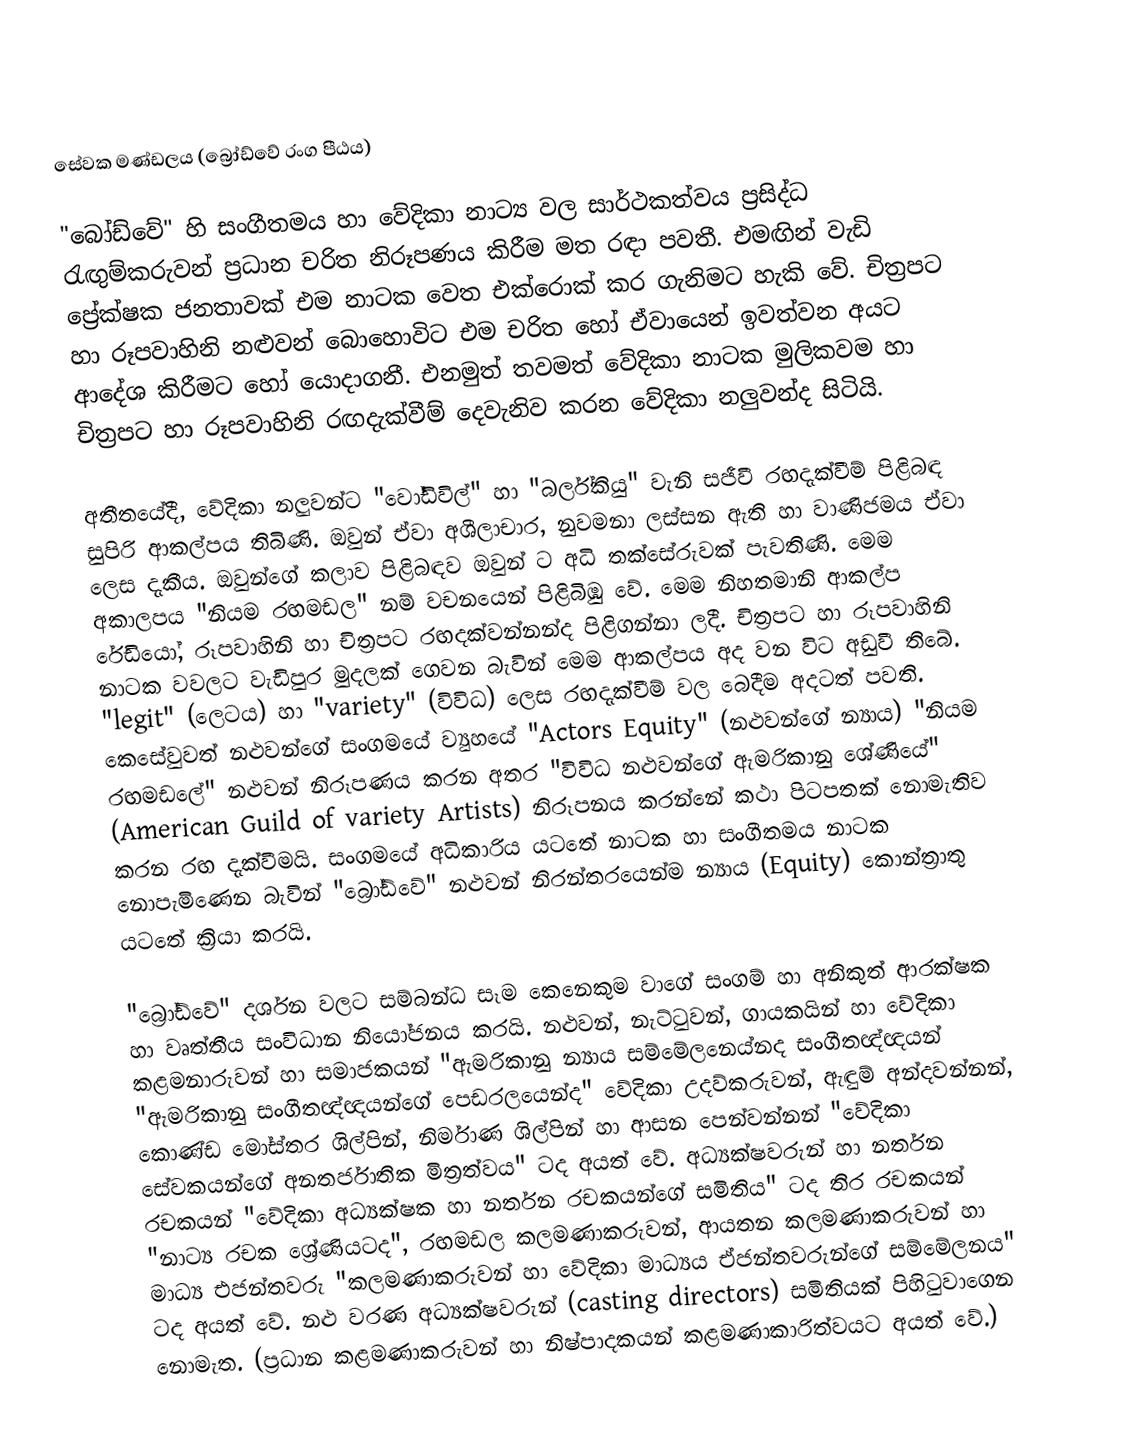
සේවක මණ්ඩලය (බ්‍රෝඩ්වේ රංග පීඨය)

"බෝඩ්වේ" හි සංගීතමය හා වේදිකා නාට්‍ය වල සාර්ථකත්වය ප්‍රසිද්ධ රැඟුම්කරුවන් ප්‍රධාන චරිත නිරූපණය කිරීම මත රඳා පවතී. එමඟින් වැඩි ප්‍රේක්ෂක ජනතාවක් එම නාටක වෙත එක්රොක් කර ගැනිමට හැකි වේ. චිත්‍රපට හා රූපවාහිනි නළුවන් බොහොවිට එම චරිත හෝ ඒවායෙන් ඉවත්වන අයට ආදේශ කිරීමට හෝ යොදාගනී. එනමුත් ‍තවමත් වේදිකා නාටක මුලිකවම හා චිත්‍රපට හා රූපවාහිනි රඟදැක්වීම් දෙවැනිව කරන වේදිකා නලුවන්ද සිටියි.

අතීතයේදී, වේදිකා නලුවන්ට "වෝඩිවිල්" හා "බර්ල්කියු" වැනි සජීවී රඟදැක්වීම් පිළිබඳ සුපිරි ආකල්පය තිබිණි. ඔවුන් ඒවා අශීලාචාර, නුවමනා ලස්සන ඇති හා වාණිජමය ඒවා ලෙස දැකීය. ඔවුන්ගේ කලාව පිළිබඳව ඔවුන් ට අධි තක්සේරුවක් පැවතිණි. මෙම අකාලපය "නියම රඟමඩල" නම් වචනයෙන් පිළිබිඹු වේ. මෙම නිහතමානි ආකල්ප රේඩියෝ, රූපවාහිනි හා චිත්‍රපට රඟදක්වන්නන්ද පිළිගන්නා ලදී. චිත්‍රපට හා රූපවාහිනි නාටක වවලට වැඩිපුර මුදලක් ගෙවන බැවින් මෙම ආකල්පය අද වන විට අඩුවී තිබේ. "legit" (ලෙටය) හා "variety" (විවිධ) ලෙස රඟදැක්වීම් වල බෙදීම අදටත් පවති. කෙසේවුවත් නළුවන්ගේ සංගමයේ ව්‍යුහයේ "Actors Equity" (නළුවන්ගේ න්‍යාය) "නියම රඟමඩලේ" නළුවන් නිරූපණය කරන අතර "විවිධ නළුවන්ගේ ඇමරිකානු ශේණියේ" (American Guild of variety Artists) නිරූපනය කරන්නේ කථා පිටපතක් නොමැතිව කරන රඟ දැක්වීමයි. සංගමයේ අධිකාරිය යටතේ නාටක හා සංගීතමය නාටක නොපැමිණෙන බැවින් "බ්‍රෝඩ්වේ" නළුවන් නිරන්තරයෙන්ම න්‍යාය (Equity) කොන්ත්‍රාතු යටතේ ක්‍රියා කරයි.

"බ්‍රෝඩ්වේ" දර්ශන වලට සම්බන්ධ සෑම කෙනෙකුම වාගේ සංගම් හා අනිකුත් ආරක්ෂක හා වෘත්තීය සංවිධාන නියෝජනය කරයි. නළුවන්, නැට්ටුවන්, ගායකයින් හා වේදිකා කළමනාරුවන් හා සමාජකයන් "ඇමරිකානු න්‍යාය සම්මේලනෙය්නද සංගීතඥ්ඥයන් "ඇමරිකානු සංගීතඥ්ඥයන්ගේ පෙඩරලයෙන්ද" වේදිකා උදව්කරුවන්, ඇඳුම් අන්දවන්නන්, කොණ්ඩ මෝස්තර ශිල්පින්, නිර්මාණ ශිල්පින් හා ආසන පෙන්වන්නන් "වේදිකා සේවකයන්ගේ අනතර්ජාතික මිත්‍රත්වය" ටද අයත් වේ. අධ්‍යක්ෂවරුන් හා නර්තන රචකයන් "වේදිකා අධ්‍යක්ෂක හා නර්තන රචකයන්ගේ සමිතිය" ටද තිර රචකයන් "නාට්‍ය රචක ශ්‍රේණියටද", රඟමඩල කලමණාකරුවන්, ආයතන කලමණාකරුවන් හා මාධ්‍ය එජන්තවරු "කලමණාකරුවන් හා‍ වේදිකා මාධ්‍යය ඒජන්තවරුන්ගේ සම්මේලනය" ටද අයත් වේ. නළු වරණ අධ්‍යක්ෂවරුන් (casting directors) සමිතියක් පිහිටුවාගෙන නොමැත. (ප්‍රධාන කළමණාකරුවන් හා නිෂ්පාදකයන් කළමණාකාරිත්වයට අයත් වේ.)